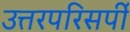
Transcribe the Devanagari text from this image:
उत्तरपरिसर्पी